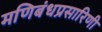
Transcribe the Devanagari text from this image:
मणिबंधप्रसारिणी